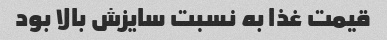
قیمت غذا به نسبت سایزش بالا بود